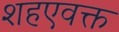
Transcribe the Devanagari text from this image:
शहएवक्त